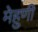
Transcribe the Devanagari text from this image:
मेहुणी